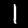
Label: 1